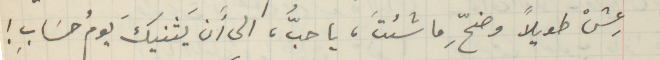
عِشْ طويلاً وضحِّ ما شئتَ، يا حبُّ، الى أَن يَثنيكَ يومُ حسَابِ!